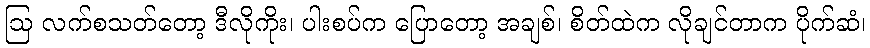
ဩ လက်စသတ်တော့ ဒီလိုကိုး၊ ပါးစပ်က ပြောတော့ အချစ်၊ စိတ်ထဲက လိုချင်တာက ပိုက်ဆံ၊